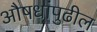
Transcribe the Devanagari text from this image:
औषधांपुढील